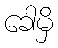
ခေါမှိ